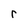
Character: r